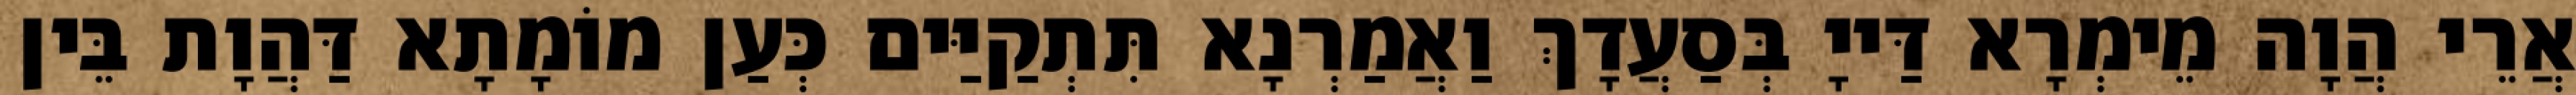
אֲרֵי הֲוָה מֵימְרָא דַּייָ בְּסַעֲדָךְ וַאֲמַרְנָא תִּתְקַיַּים כְּעַן מוֹמָתָא דַּהֲוָת בֵּין